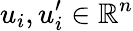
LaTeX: u_{i},u_{i}^{\prime}\in\mathbb{R}^{n}